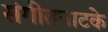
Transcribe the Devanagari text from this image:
संगीतनाटके